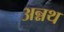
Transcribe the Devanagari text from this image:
अन्नथ